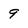
Character: 9